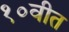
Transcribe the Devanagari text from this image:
१०वीत